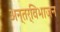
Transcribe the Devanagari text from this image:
अन्तर्विभाजन